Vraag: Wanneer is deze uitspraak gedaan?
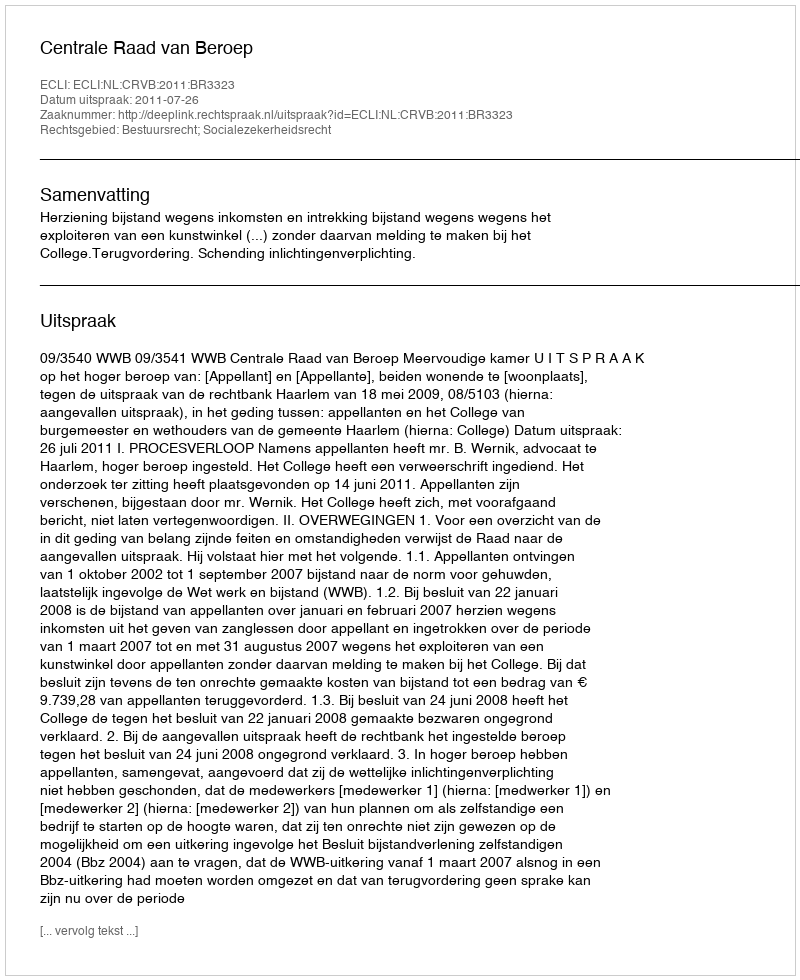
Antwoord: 2011-07-26